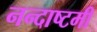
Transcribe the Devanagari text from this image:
नन्दाष्टमी